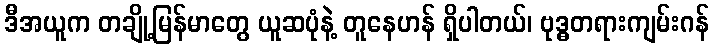
ဒီအယူက တချို့မြန်မာတွေ ယူဆပုံနဲ့ တူနေဟန် ရှိပါတယ်၊ ဗုဒ္ဓတရားကျမ်းဂန်